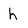
Character: h